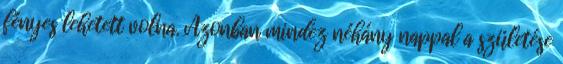
fényes lehetett volna. Azonban mindez néhány nappal a születése